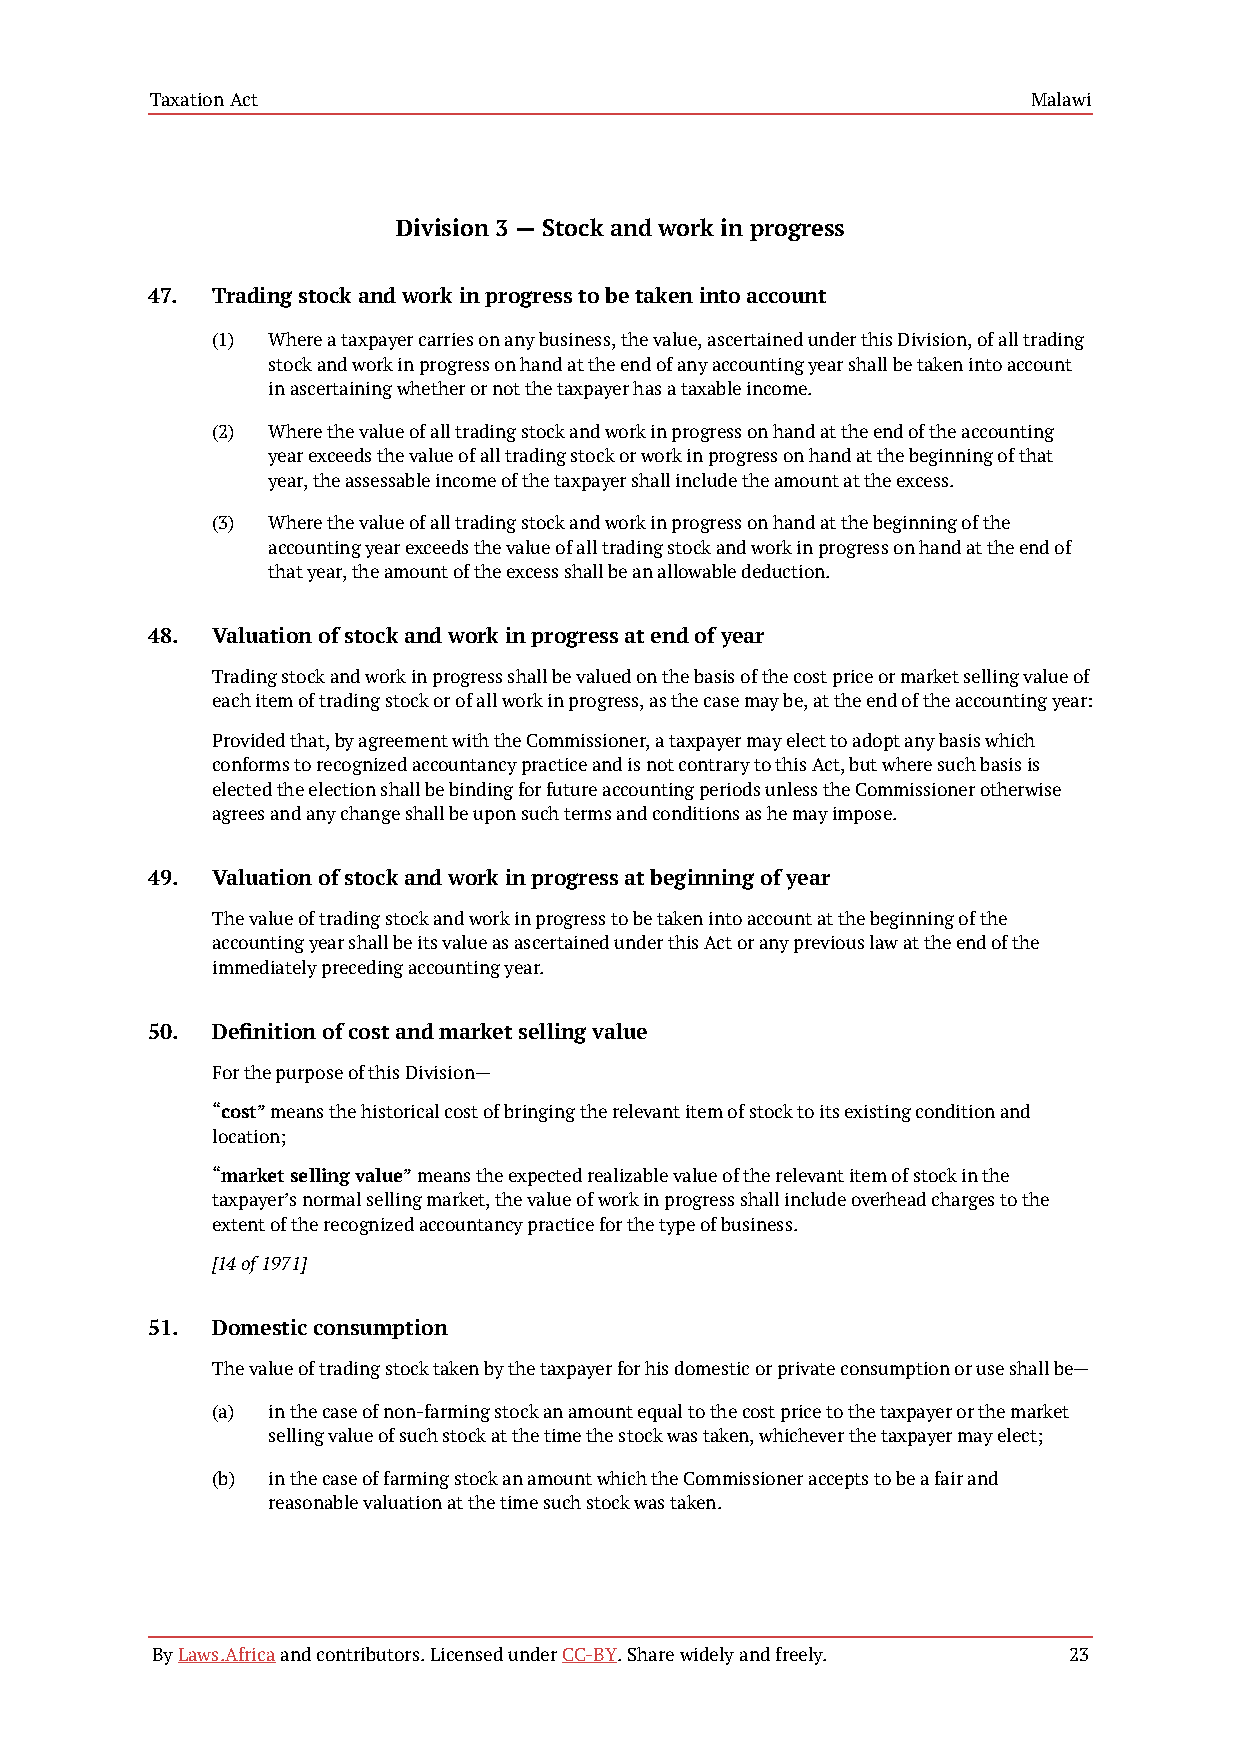
Taxation Act                                              Malawi
 Division 3 — Stock and work in progress
 47. Trading stock and work in progress to be taken into account
 (1) Where a taxpayer carries on any business, the value, ascertained under this Division, of all trading
 stock and work in progress on hand at the end of any accounting year shall be taken into account
 in ascertaining whether or not the taxpayer has a taxable income.
 (2) Where the value of all trading stock and work in progress on hand at the end of the accounting
 year exceeds the value of all trading stock or work in progress on hand at the beginning of that
 year, the assessable income of the taxpayer shall include the amount at the excess.
 (3) Where the value of all trading stock and work in progress on hand at the beginning of the
 accounting year exceeds the value of all trading stock and work in progress on hand at the end of
 that year, the amount of the excess shall be an allowable deduction.
 48. Valuation of stock and work in progress at end of year
 Trading stock and work in progress shall be valued on the basis of the cost price or market selling value of
 each item of trading stock or of all work in progress, as the case may be, at the end of the accounting year:
 Provided that, by agreement with the Commissioner, a taxpayer may elect to adopt any basis which
 conforms to recognized accountancy practice and is not contrary to this Act, but where such basis is
 elected the election shall be binding for future accounting periods unless the Commissioner otherwise
 agrees and any change shall be upon such terms and conditions as he may impose.
 49. Valuation of stock and work in progress at beginning of year
 The value of trading stock and work in progress to be taken into account at the beginning of the
 accounting year shall be its value as ascertained under this Act or any previous law at the end of the
 immediately preceding accounting year.
 50. Definition of cost and market selling value
 For the purpose of this Division—
 “cost” means the historical cost of bringing the relevant item of stock to its existing condition and
 location;
 “market selling value” means the expected realizable value of the relevant item of stock in the
 taxpayer’s normal selling market, the value of work in progress shall include overhead charges to the
 extent of the recognized accountancy practice for the type of business.
 [14 of 1971]
 51. Domestic consumption
 The value of trading stock taken by the taxpayer for his domestic or private consumption or use shall be—
 (a) in the case of non-farming stock an amount equal to the cost price to the taxpayer or the market
 selling value of such stock at the time the stock was taken, whichever the taxpayer may elect;
 (b) in the case of farming stock an amount which the Commissioner accepts to be a fair and
 reasonable valuation at the time such stock was taken.
 By Laws.Africa and contributors. Licensed under CC-BY. Share widely and freely. 23